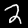
Digit: 2